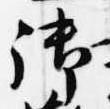
御